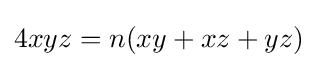
4xyz=n(xy+xz+yz)